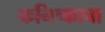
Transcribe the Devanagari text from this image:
कनिष्काचा